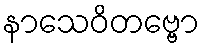
နာသေဝိတဗ္ဗော